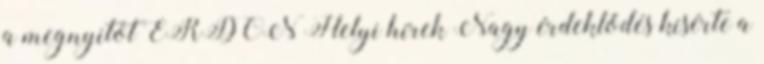
a megnyitót ERDON Helyi hírek Nagy érdeklődés kísérte a